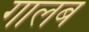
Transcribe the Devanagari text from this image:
गालब